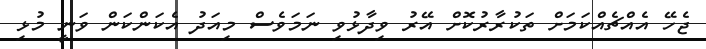
ޖެހޭ އެއްޗެއްކަމަށް ތަކުރާރުކޮށް އޭރު ވިދާޅުވި ނަމަވެސް މިއަދު އެކަންކަން ވަނީ މުޅި